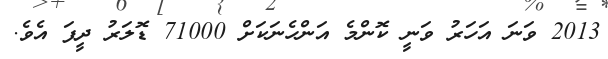
2013 ވަނަ އަހަރު ވަނީ ކޮންމެ އަންހެނަކަށް 71000 ޑޮލަރު ދީފަ އެވެ.